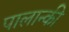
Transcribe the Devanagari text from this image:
पालान्की